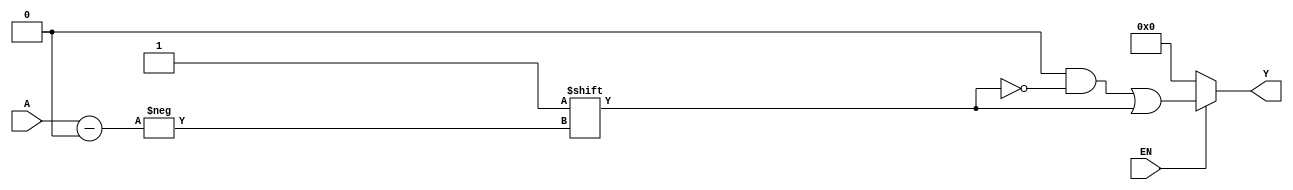
// N to S Binary Decoder
// From Digital Design Principles and Practices 5ed.
module NtoSbindec(A, EN, Y);
parameter N=3, S=8;
    input [N-1:0] A;
    input EN;
    output reg [S-1:0] Y;
    
    always @(*) begin
        Y = 0;  // Default: Outputs all 0
        if (EN==1) Y[A] = 1;    // If enabled, set selected bit
    end
endmodule